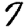
Digit: 7